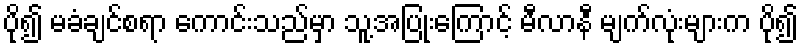
ပို၍ မခံချင်စရာ ကောင်းသည်မှာ သူ့အပြုံးကြောင့် မီလာနီ မျက်လုံးများက ပို၍